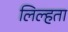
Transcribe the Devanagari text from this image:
लिल्हता